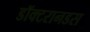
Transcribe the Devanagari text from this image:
डॉक्टरानडस